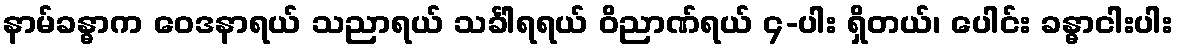
နာမ်ခန္ဓာက ဝေဒနာရယ် သညာရယ် သင်္ခါရရယ် ဝိညာဏ်ရယ် ၄-ပါး ရှိတယ်၊ ပေါင်း ခန္ဓာငါးပါး